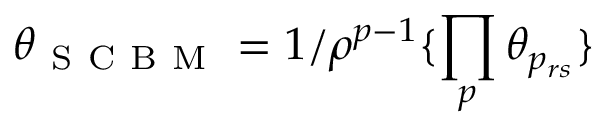
\boldsymbol { \theta } _ { \mathrm { ~ S ~ C ~ B ~ M ~ } } = 1 / \rho ^ { p - 1 } \{ \prod _ { p } \theta _ { p _ { r s } } \}